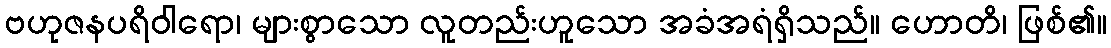
ဗဟုဇနပရိဝါရော၊ များစွာသော လူတည်းဟူသော အခံအရံရှိသည်။ ဟောတိ၊ ဖြစ်၏။